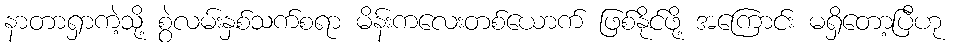
နာတာရှာကဲ့သို့ စွဲလမ်းနှစ်သက်စရာ မိန်းကလေးတစ်ယောက် ဖြစ်နိုင်ဖို့ အကြောင်း မရှိတော့ပြီဟု